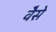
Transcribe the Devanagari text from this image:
वैेसे